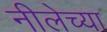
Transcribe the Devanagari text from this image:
नीलेच्या